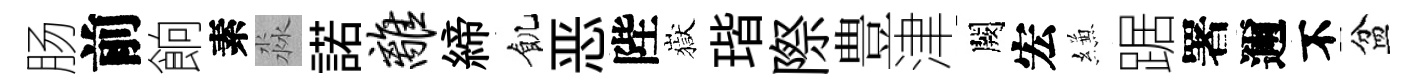
肠前餉素淼諾离締飢恶陛嶽瑎際豊津闕宏縑踞署邇不盆